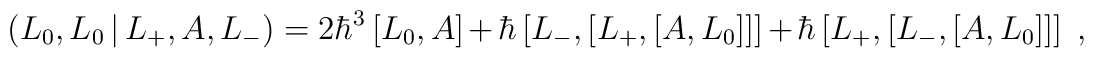
\left(  L_{0},L_{0}\,|\,L_{+},A,L_{-}\right)  =2\hbar^{3}\left[L_{0},A\right]  +\hbar\left[  L_{-},\left[  L_{+},\left[  A,L_{0}\right]\right]  \right]  +\hbar\left[  L_{+},\left[  L_{-},\left[  A,L_{0}\right]\right]  \right]  \;,